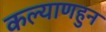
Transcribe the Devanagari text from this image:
कल्याणहुन